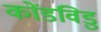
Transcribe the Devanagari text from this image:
कोंडविडु